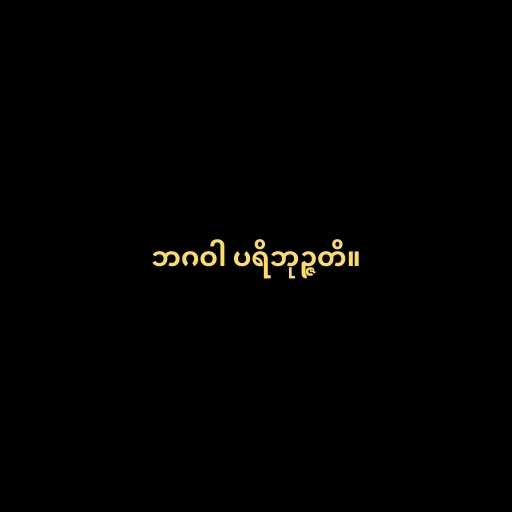
ဘဂဝါ ပရိဘုဉ္ဇတိ။